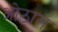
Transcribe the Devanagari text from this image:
ओठास